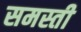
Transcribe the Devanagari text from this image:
समस्ती